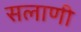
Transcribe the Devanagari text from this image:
सलाणी